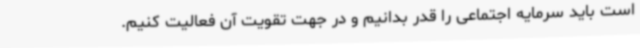
است باید سرمایه اجتماعی را قدر بدانیم و در جهت تقویت آن فعالیت کنیم.